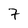
Character: 7